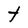
Character: t